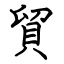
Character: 貿